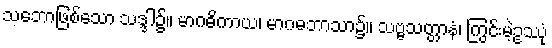
သဘောဖြစ်သော သဒ္ဒါ၌။ မာဂဓိကာယ၊ မာဂဓဘာသာ၌။ သဗ္ဗသတ္တာနံ၊ ကြွင်းမဲ့ဥဿုံ